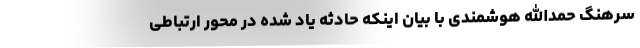
سرهنگ حمدالله هوشمندی با بیان اینکه حادثه یاد شده در محور ارتباطی